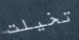
تخيلت